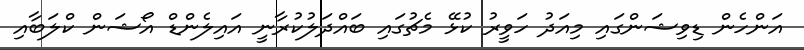
އަންހެން ޑިވިޝަންގައި މިއަދު ހަވީރު ކުޅޭ މެޗުގައި ބައްދަލުކުރާނީ އައިލެންޑް އޯޝަން ކްލަބާއި